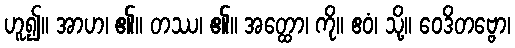
ဟူ၍။ အာဟ၊ ၏။ တဿ၊ ၏။ အတ္ထော၊ ကို။ ဧဝံ၊ သို့။ ဝေဒိတဗ္ဗော၊